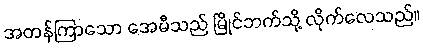
အတန်ကြာသော အေမီသည် မြိုင်ဘက်သို့ လိုက်လေသည်။